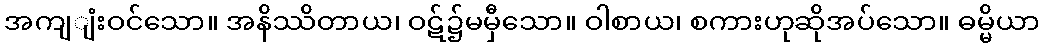
အကျျံးဝင်သော။ အနိဿိတာယ၊ ဝဋ်၌မမှီသော။ ဝါစာယ၊ စကားဟုဆိုအပ်သော။ ဓမ္မိယာ